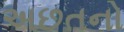
અછતનો